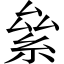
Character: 絫